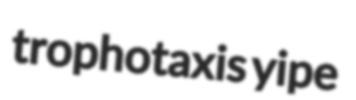
trophotaxis yipe